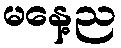
မနေ့ည